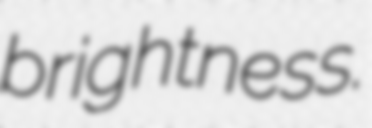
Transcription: brightness.